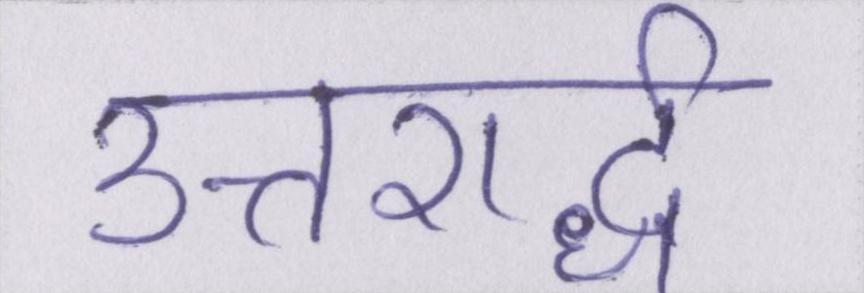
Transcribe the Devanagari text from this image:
उत्तरार्द्ध